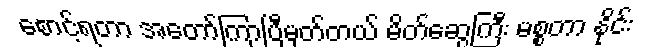
စောင့်ရတာ အတော်ကြာပြီမှတ်တယ် မိတ်ဆွေကြီး မစ္စတာ နိုင်း